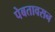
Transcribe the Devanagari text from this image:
पेबतावसन